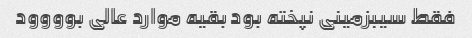
فقط سیبزمینی نپخته بود بقیه موارد عالی بوووود